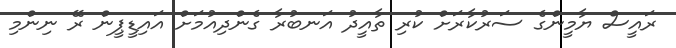
ރައީސް ޔާމީންގެ ސަރުކާރަށް ކުރި ތާއީދު އަނބުރާ ގެންދިއުމަށް އައިޑީޕީން ރޭ ނިންމި